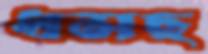
ধসছ